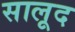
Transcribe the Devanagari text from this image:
सालूद